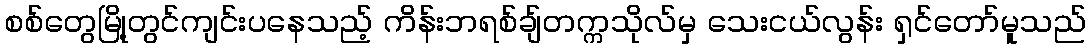
စစ်တွေမြို့တွင်ကျင်းပနေသည့် ကိန်းဘရစ်ချ်တက္ကသိုလ်မှ သေးငယ်လွန်း ရှင်တော်မူသည်